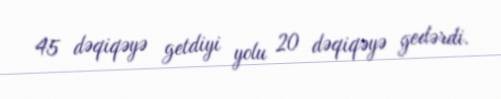
45 dəqiqəyə getdiyi yolu 20 dəqiqəyə gedərdi.